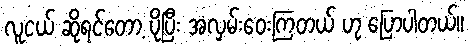
လူငယ် ဆိုရင်တော့ ပိုပြီး အလှမ်းဝေးကြတယ် ဟု ပြောပါတယ်။